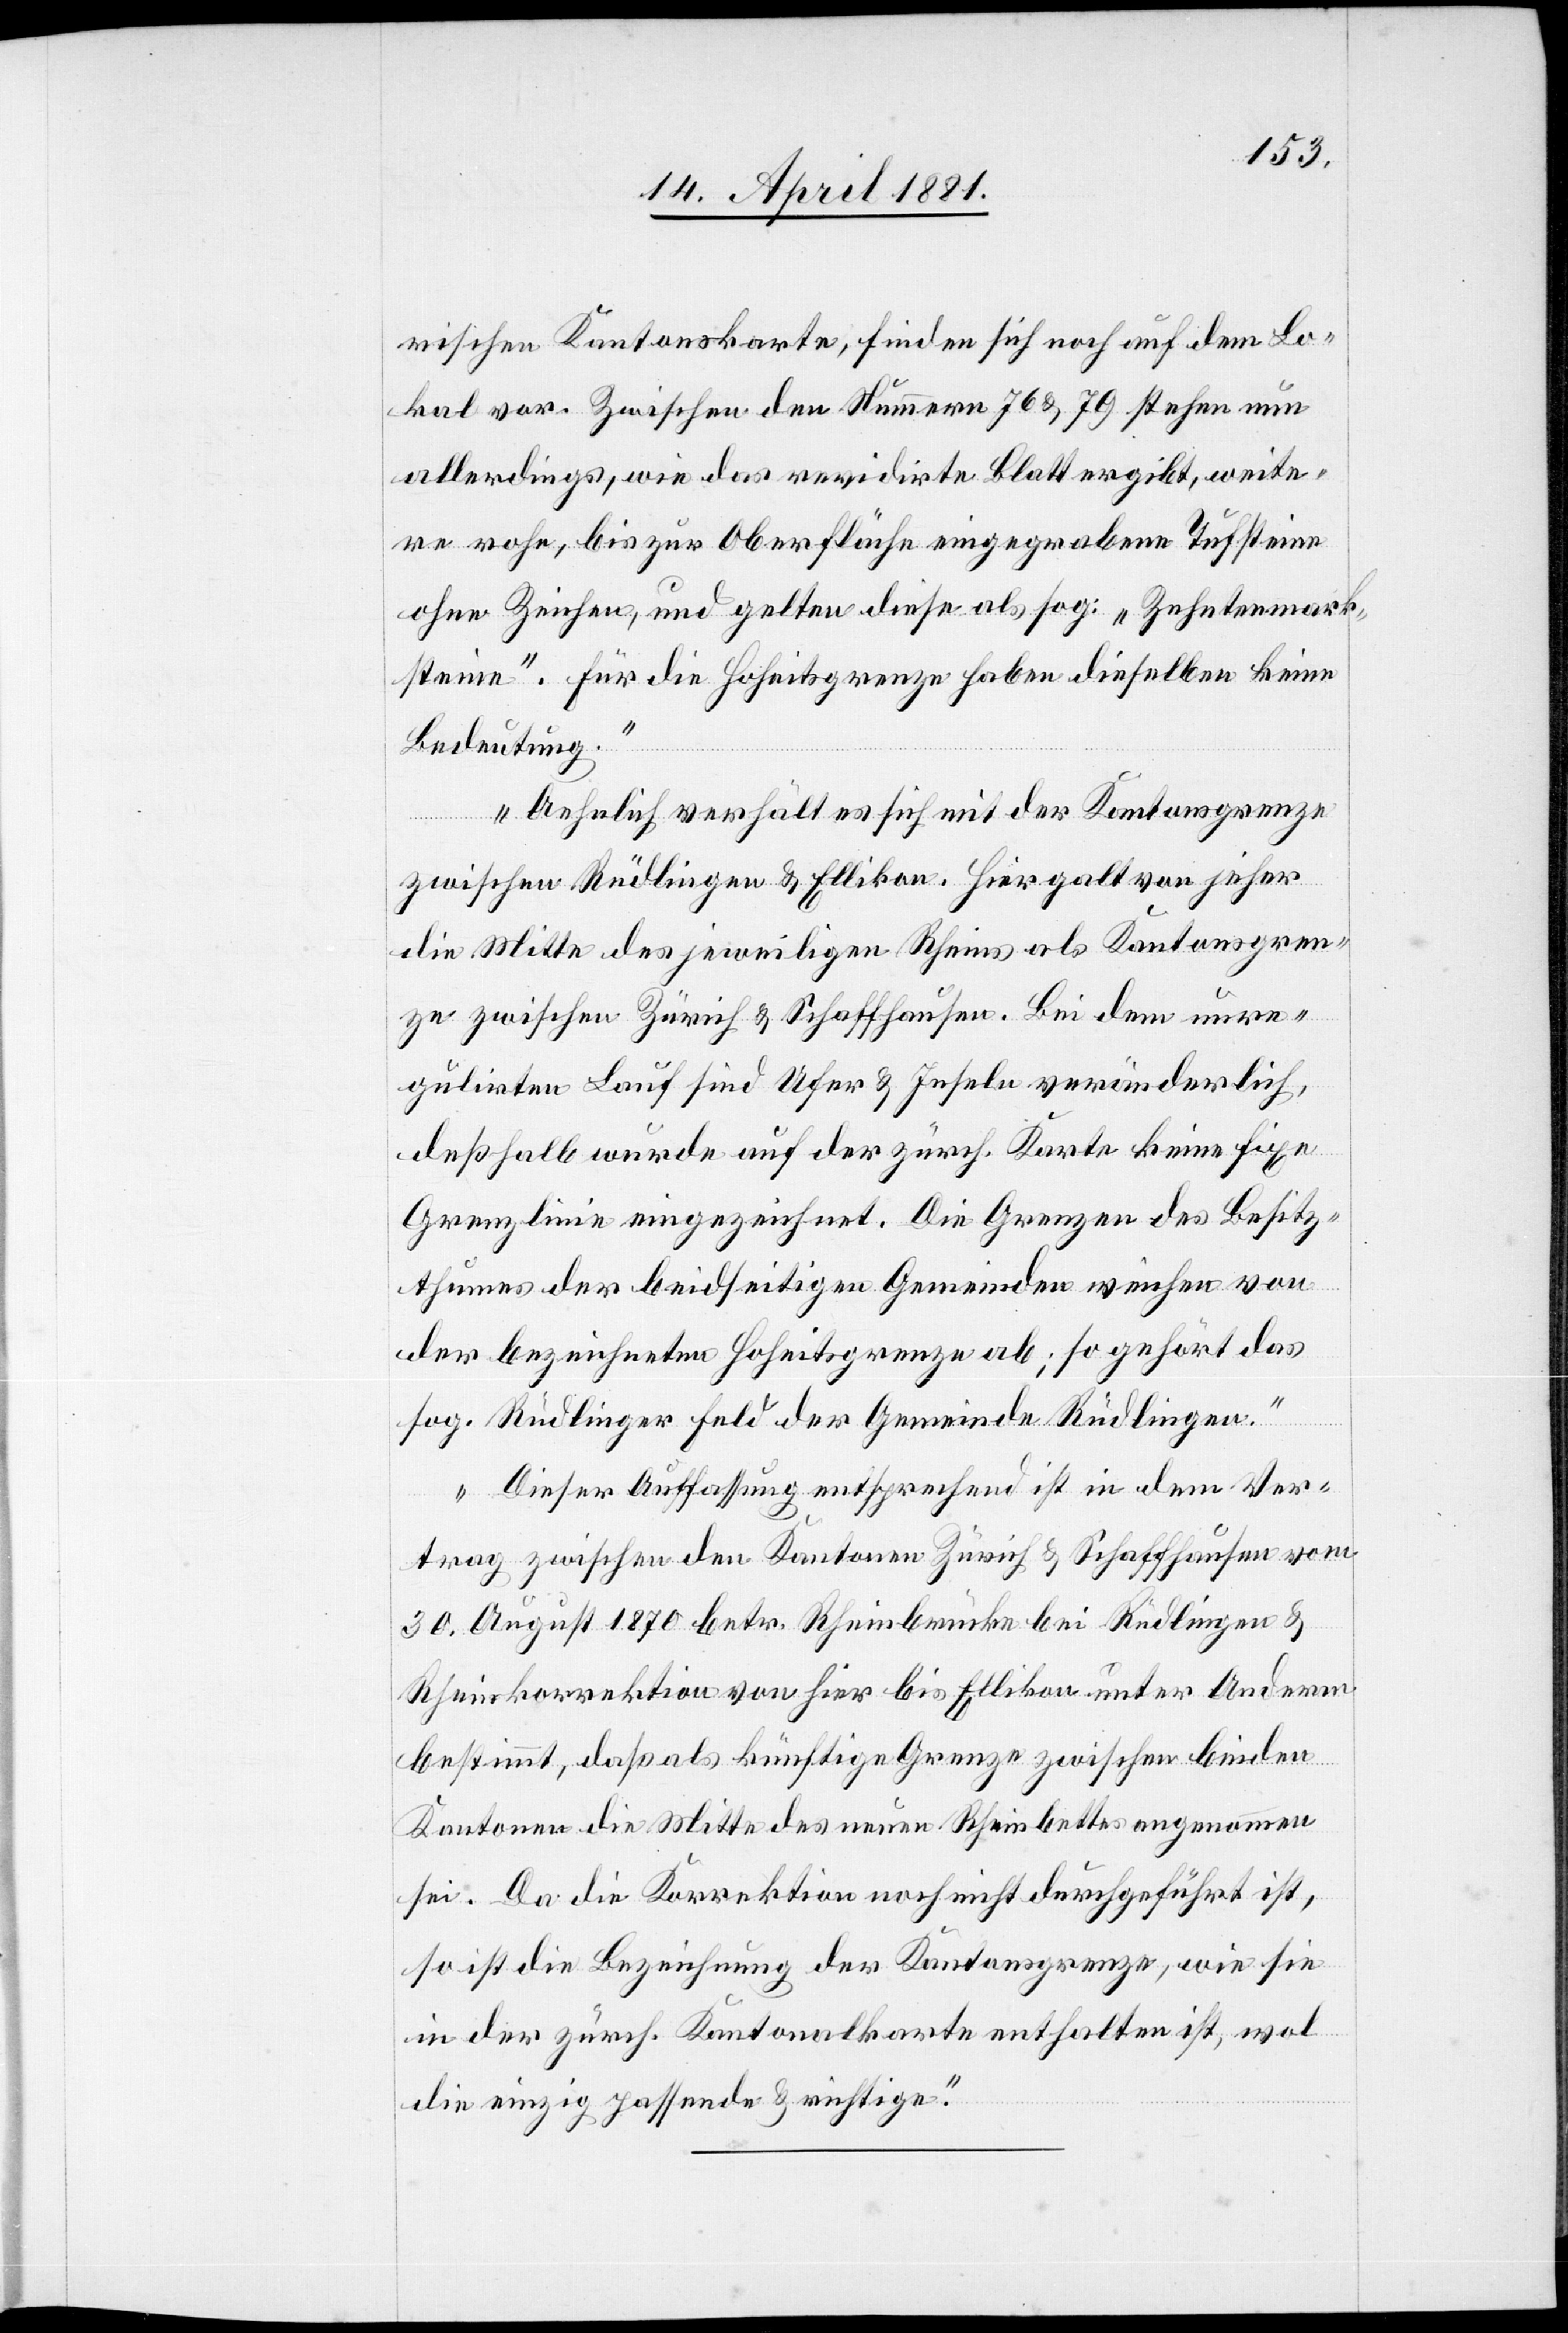
rischen Kantonskarte, finden sich noch auf dem Lo¬
kal vor. Zwischen den Nummern 76 & 79 stehen nun
allerdings, wie das revidirte Blatt ergibt, weite¬
re rohe, bis zur Oberfläche eingegrabene Tufsteine
ohne Zeichen, und gelten diese als sog: „Zehntenmark¬
stein“. Für die Hoheitsgrenze haben dieselben keine
Bedeutung.
Aehnlich verhält es sich mit der Kantonsgrenze
zwischen Rüdlingen & Ellikon. Hier galt von jeher
die Mitte des jeweiligen Rheins als Kantonsgren¬
ze zwischen Zürich & Schaffhausen. Bei dem unre¬
gulirten Lauf sind Ufer & Inseln veränderlich,
deßhalb wurde auf der zürch. Karte keine fixe
Grenzlinie eingezeichnet. Die Grenzen des Besitz¬
thumes der beidseitigen Gemeinden weichen von
der bezeichneten Hoheitsgrenze ab; so gehört das
sog. Rüdlinger Feld der Gemeinde Rüdlingen.
Dieser Auffassung entsprechend ist in dem Ver¬
trag zwischen den Kantonen Zürich & Schaffhausen vom
30. August 1870 betr. Rheinbrücke bei Rüdlingen &
Rheinkorrektion von hier bis Ellikon unter Anderm
bestimmt, daß als künftige Grenze zwischen beiden
Kantonen die Mitte des neuen Rheinbettes angenommen
sei. Da die Korrektion noch nicht durchgeführt ist,
so ist die Bezeichnung der Kantonsgrenze, wie sie
in der zürch. Kantonskarte enthalten ist, wol
die einzig passende & richtige.“